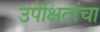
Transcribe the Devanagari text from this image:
उपेक्षितांचा